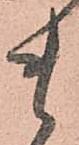
貴